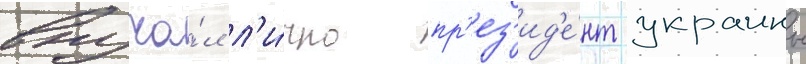
вруча́л л'и́чно пр'ез'ид'е́нт украины